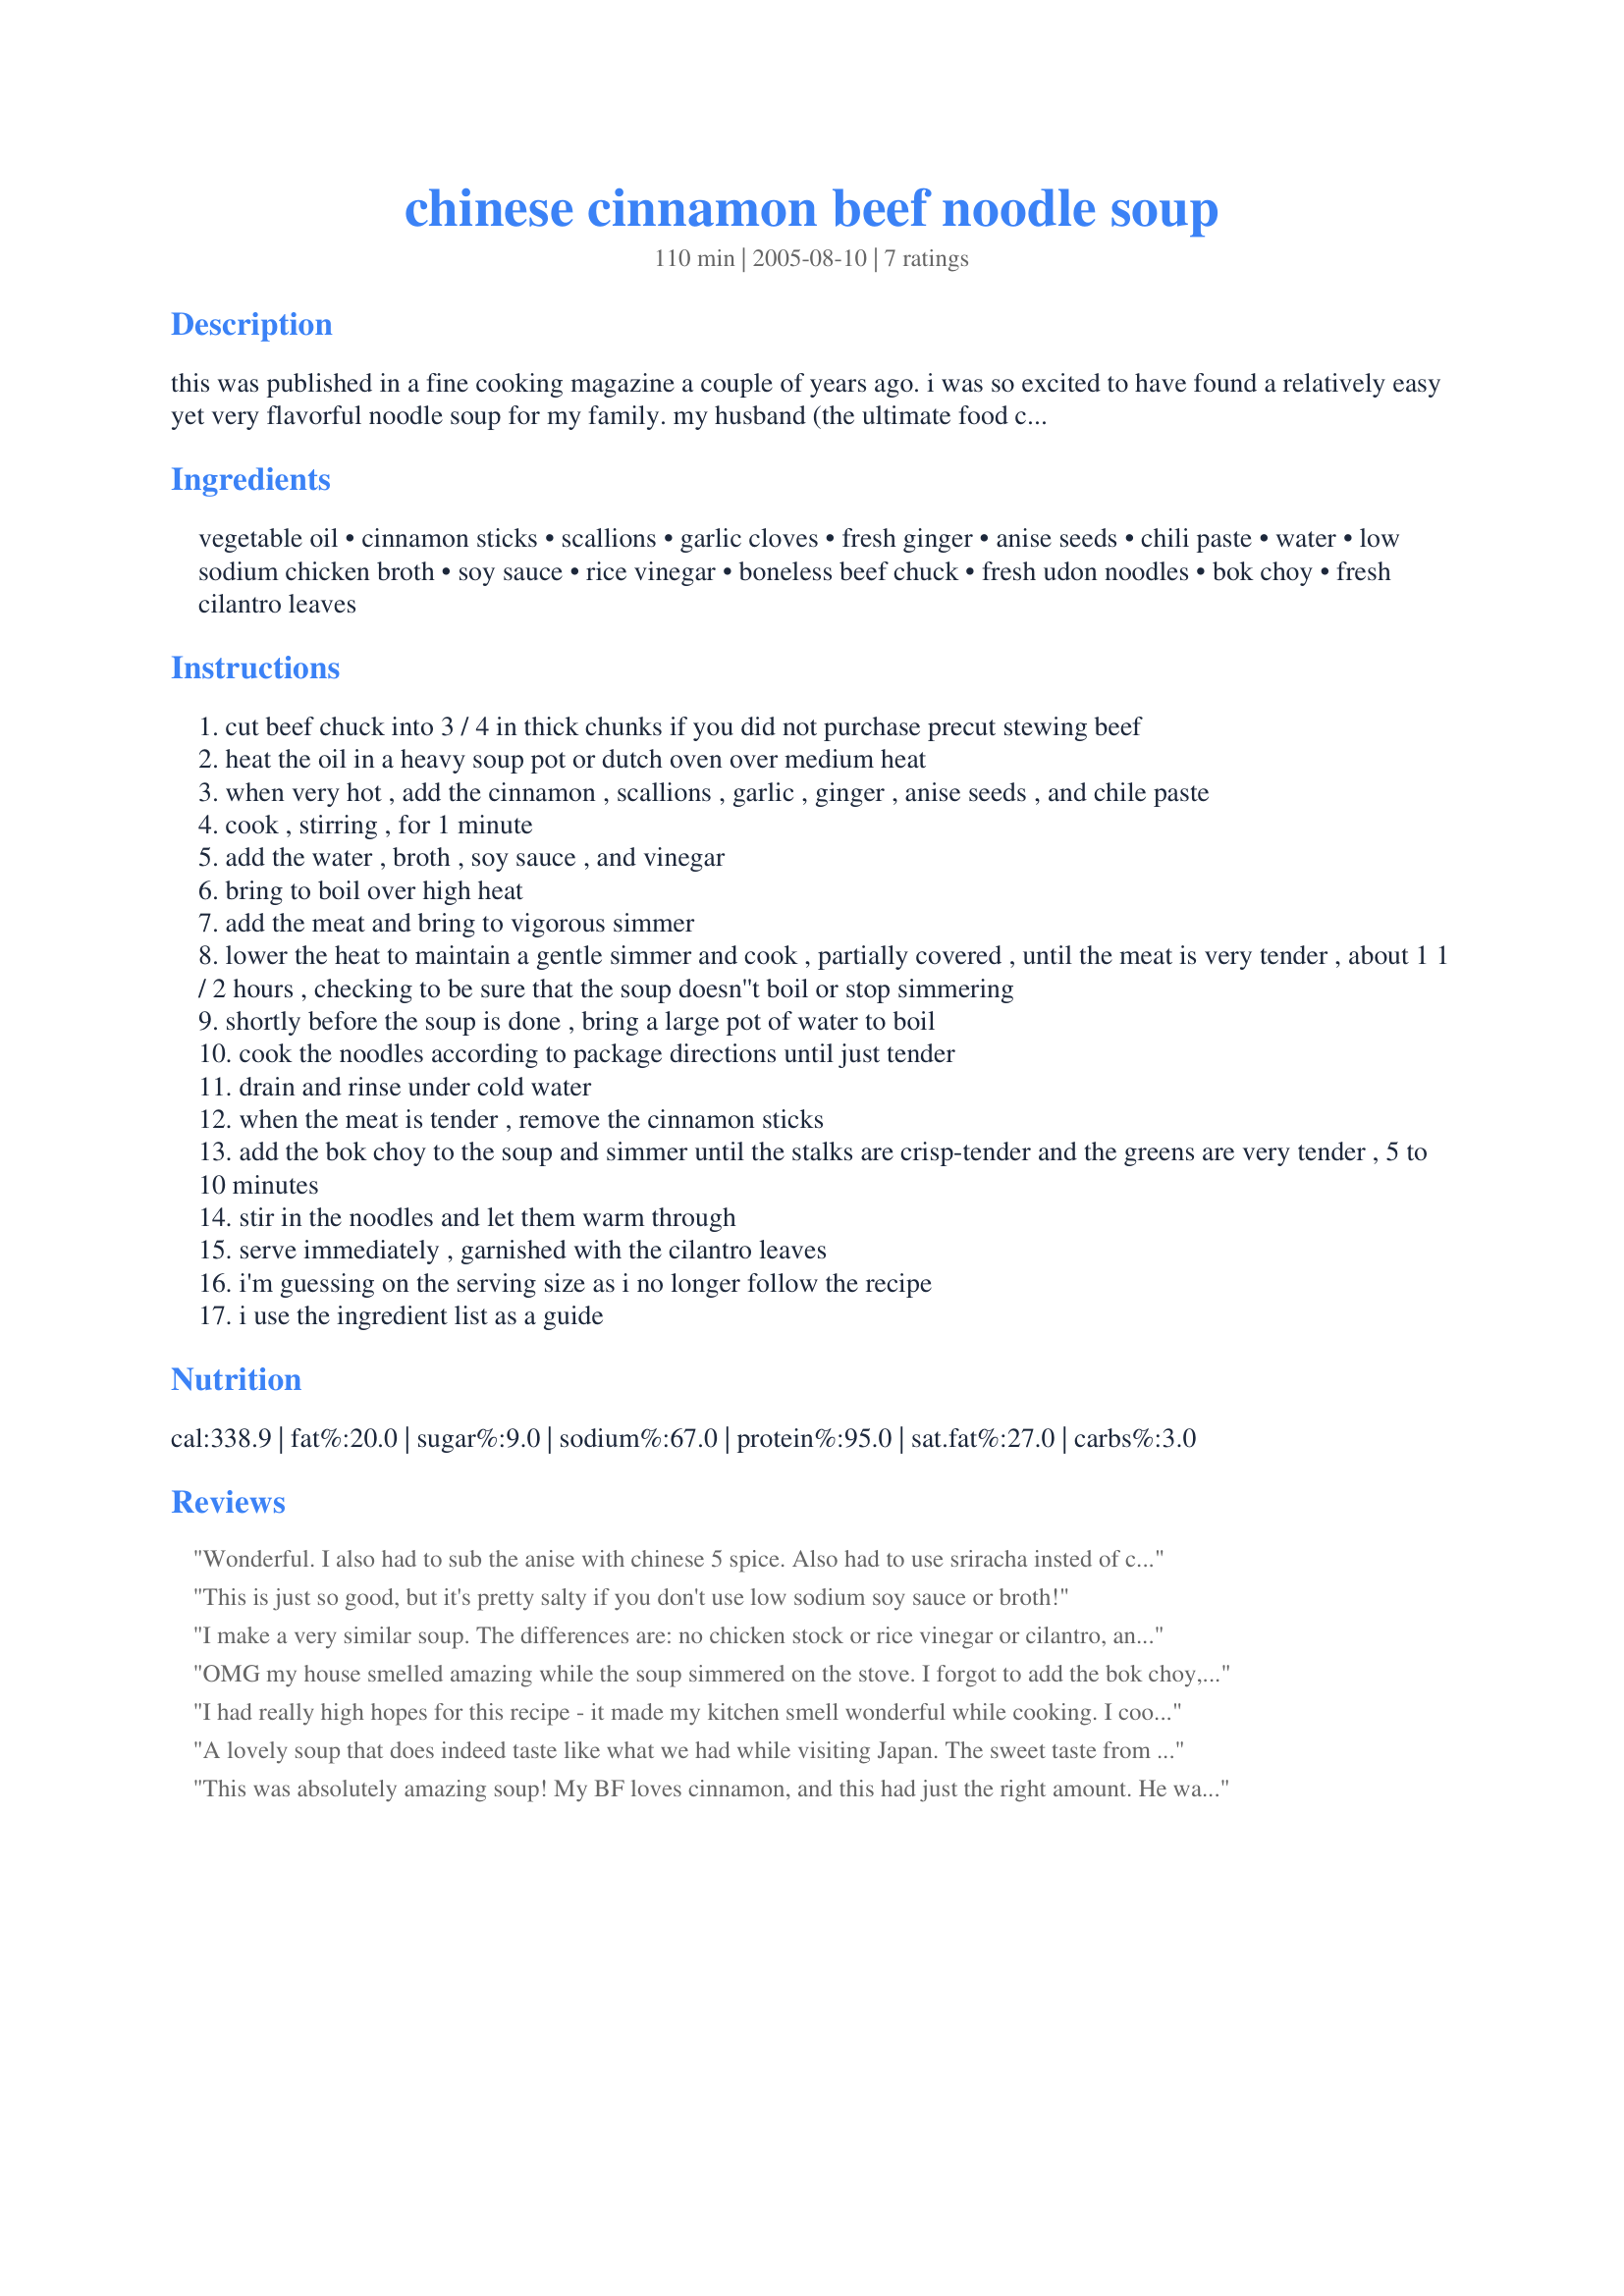
chinese cinnamon beef noodle soup
Preparation time: 110 minutes

this was published in a fine cooking magazine a couple of years ago. i was so excited to have found a relatively easy yet very flavorful noodle soup for my family. my husband (the ultimate food critic) loves this and doesn't mind eating it for days. he says it reminds him of when he was in taiwan. high praise, indeed!

packaged stewing beef is often made up of irregularly shaped pieces from different cuts, so i cut my own stew meat using a boneless chuck roast or two 3/4 inch thick chuck steaks.

Ingredients:
vegetable oil, cinnamon sticks, scallions, garlic cloves, fresh ginger, anise seeds, chili paste, water, low sodium chicken broth, soy sauce, rice vinegar, boneless beef chuck, fresh udon noodles, bok choy, fresh cilantro leaves

Steps:
cut beef chuck into 3 / 4 in thick chunks if you did not purchase precut stewing beef
heat the oil in a heavy soup pot or dutch oven over medium heat
when very hot , add the cinnamon , scallions , garlic , ginger , anise seeds , and chile paste
cook , stirring , for 1 minute
add the water , broth , soy sauce , and vinegar
bring to boil over high heat
add the meat and bring to vigorous simmer
lower the heat to maintain a gentle simmer and cook , partially covered , until the meat is very tender , about 1 1 / 2 hours , checking to be sure that the soup doesn''t boil or stop simmering
shortly before the soup is done , bring a large pot of water to boil
cook the noodles according to package directions until just tender
drain and rinse under cold water
when the meat is tender , remove the cinnamon sticks
add the bok choy to the soup and simmer until the stalks are crisp-tender and the greens are very tender , 5 to 10 minutes
stir in the noodles and let them warm through
serve immediately , garnished with the cilantro leaves
i'm guessing on the serving size as i no longer follow the recipe
i use the ingredient list as a guide

Reviews:
Wonderful. I also had to sub the anise with chinese 5 spice. Also had to use sriracha insted of chili paste, but it turned out awesome anyway. My meat wasn't as tender as I would of liked & I used pre-cut stewing meat so the advice about cutting your own meat is spot on. I have very tender meat when using pre-cut meat for my stew so don't know what makes that difference. Maybe I will simmer this soup a little longer next time. Any how, a wonderful asian soup you can make at home! & the house smelled amazing while this soup simmered! Thank you for posting.
This is just so good, but it's pretty salty if you don't use low sodium soy sauce or broth!
I make a very similar soup. The differences are: no chicken stock or rice vinegar or cilantro, and I use fresh baby spinach in place of the bok choy. I use a whole star anise or two instead of the seeds, and pick out the pods at the end. (Well, I try.) And my version calls for putting the noodles into the bowls and spooning the soup over top--can't imagine it makes much difference. My family LOVES this soup, even the kids. It works great in the crockpot, too. Just FYI, we've made it with buffalo and with lamb, and both versions are as good as the original. And leftovers, if you have any, are even better than the first time!
OMG my house smelled amazing while the soup simmered on the stove. I forgot to add the bok choy, but it still was absolutely wonderful. The entire family loved it. Great recipe!
I had really high hopes for this recipe - it made my kitchen smell wonderful while cooking. I cooked it exactly as written. The flavor just didn't deliver though. My DH thought it was good, and me just ok. I was really disappointed it didn't have the spark of flavors that it smelled like while cooking, Hoping it's better re-heated tomorrow.
A lovely soup that does indeed taste like what we had while visiting Japan. The sweet taste from the cinnamon and sour from the vinegar and soy sauce works very well with the beef. I used a topside roast, which I got on sale half price. The meat turned out very tender and we've reheated it a few times now with great success. I didn't have cinnamon sticks to hand so added a little powdered cinnamon at the start when frying up the garlic and onions. I did find this soup a bit salty and next time might use a low sodium soy sauce or just a bit less of the regular soy sauce.
This was absolutely amazing soup! My BF loves cinnamon, and this had just the right amount. He was surprised at how good it was. We didn't have any anise seeds, so I used a teaspoon of Chinese 5 spice powder and it worked wonderfully. Definitely a keeper!
